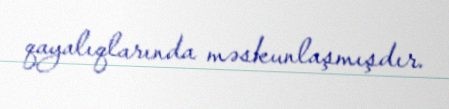
qayalıqlarında məskunlaşmışdır.